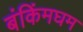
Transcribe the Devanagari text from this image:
बंकिंमघम